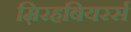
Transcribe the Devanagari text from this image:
म़िरहबियरर्स